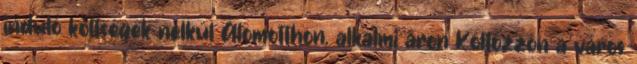
induló költségek nélkül Álomotthon, alkalmi áron Költözzön a város